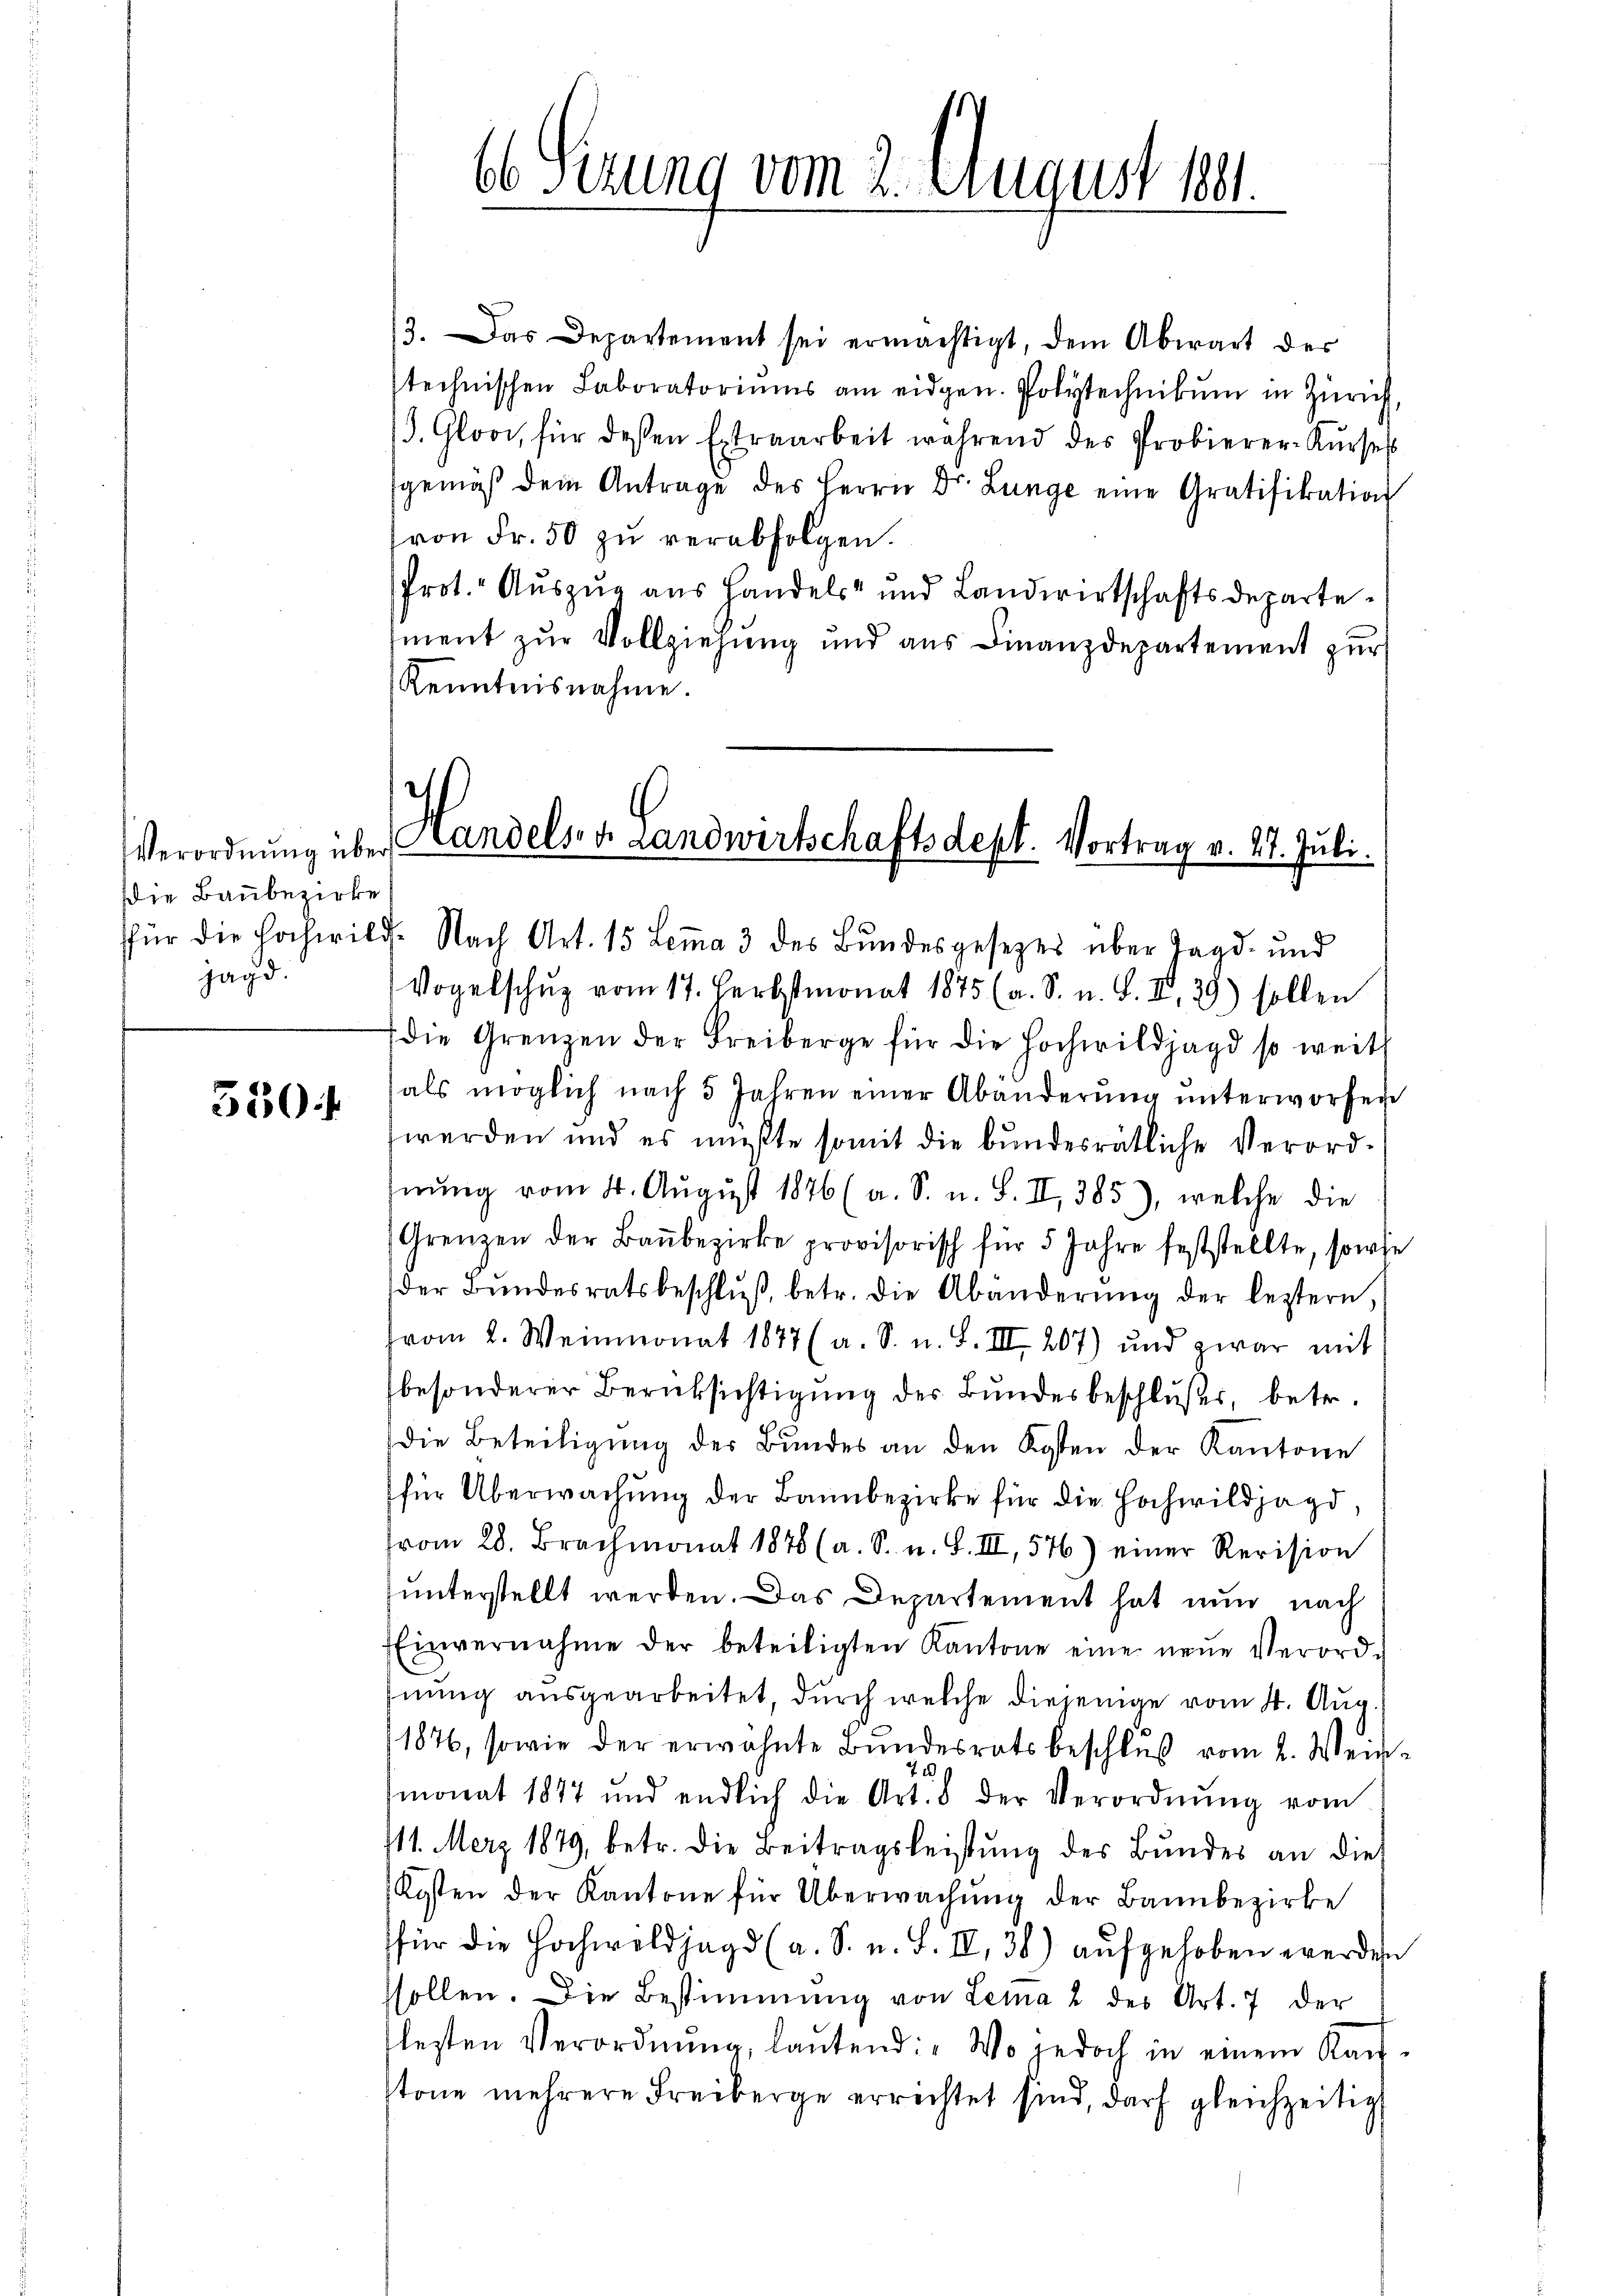
Verordnung über
die Baubezirke
jagd.

350

3. Das Departement sei ermächtigt, dem Abwart der
stechnischen Laboratoriums am eidgen. Polytechnikum in Zürich,
J. Glooi, für deßen Extraarbeit während des Probierer-Kŭrses
sgemäβ dem Antrage des Herrn Dr. Lunge eine Gratifikation
von Fr. 50 zu verabfolgen.
Prot. Auszug aus Handels- und Landwirtschaftsdepartement zur Vollziehung und aus Finanzdepartement zur
Kenntnisnahme.

66 Sizung vom 2. August 1881.

Handels v. Landwirtschaftsdept. Vortrag v. 17. Juli.
für die Hochwilde Nach Art. 15 Lemma 3 des Bundesgesetzes über Jagd- und

Vogelschuz vom 17. Herbstmonat 1875 (a. S. u. S. II., 29) sollen
die Grenzen der Freiberge für die Hochwildjagd so weit
als möglich nach 5 Jahren einer Abänderŭng ŭnterworfen
werden und es mußte somit die bundesrätliche Verordnung vom 4. August 1876 (a. S. u. S. II, 385), welche die
(Grenzen der Baŭbezirke provisorisch für 5 Jahre feststellte, sowie
der Bŭndesratsbeschlŭβ, betr. die Abänderŭng der leztern,
vom 2. Weinmonat 1877 (a. S. n. F. III 207) und zwar mit
besonderer Berücksichtigung der Bundesbeschlußes, betr.
die Beteiligung der Bundes an den Kosten der Kantone
für Überwachŭng der Bannbezirke für die Hochwildjagd,
vom 28. Brachmonat 1878 (a. S. u. S. III, 576) einer Revision
unterstellt werden. Das Departement hat nun nach
Einvernahme der beteiligten Kantone eine neŭe Verord-
nung ausgearbeitet, durch welche diejenige vom 4. Aug.
1876, sowie der erwähnte Bŭndesratsbeschluß vom 2. Wein
u
monat 1847 und endlich die Art. 8 der Verordnŭng vom
111. Merz 1879, betr. die Beitragsleistŭng des Bŭndes an die
Kosten der Kantone für Überwachŭng der Bannbezirke
für die Hochwildjagd (a. S. u. S. II, 38) aufgehoben werden
ssollen. Die Bestimmung von Lema 2 des Art. 7 der
lesten Verordnŭng, laŭtend: „Wo jedoch in einem Kauf-
stone mehrere Freiberge errichtet sind, darf gleichzeitig